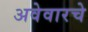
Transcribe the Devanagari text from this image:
अवेवारचे